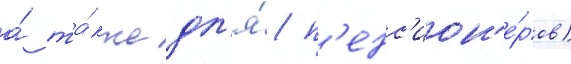
а́ та́кже дл'я́ п'енс'ион'е́ров)